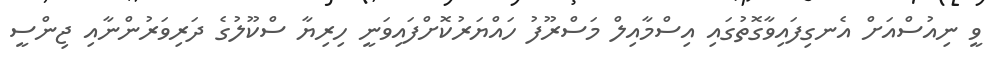
ވީ ނިއުސްއަށް އެނގިފައިވާގޮތުގައި އިސްމާއިލް މަސްރޫފު ހައްޔަރުކޮށްފައިވަނީ ހިރިޔާ ސްކޫލުގެ ދަރިވަރުންނާއި ޖިންސީ